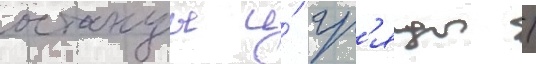
останцы и́ гр'яды /